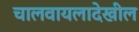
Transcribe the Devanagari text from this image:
चालवायलादेखील